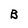
Character: B